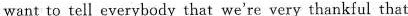
want to tell everybody that we're very thankful that